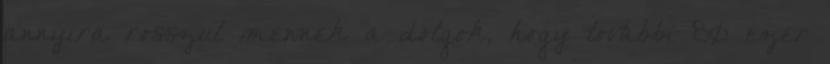
annyira rosszul mennek a dolgok, hogy további 80 ezer